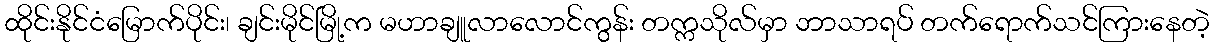
ထိုင်းနိုင်ငံမြောက်ပိုင်း၊ ချင်းမိုင်မြို့က မဟာချူလာလောင်ကွန်း တက္ကသိုလ်မှာ ဘာသာရပ် တက်ရောက်သင်ကြားနေတဲ့